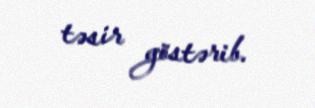
təsir göstərib.